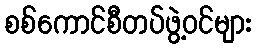
စစ်ကောင်စီတပ်ဖွဲ့ဝင်များ